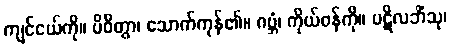
ကျင်ငယ်ကို။ ပိဝိတွာ၊ သောက်ကုန်၏။ ဂဗ္ဘံ၊ ကိုယ်ဝန်ကို။ ပဋိလဘိံသု၊